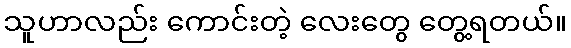
သူဟာလည်း ကောင်းတဲ့ လေးတွေ တွေ့ရတယ်။